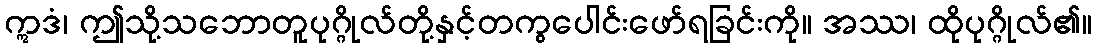
ဣဒံ၊ ဤသို့သဘောတူပုဂ္ဂိုလ်တို့နှင့်တကွပေါင်းဖော်ရခြင်းကို။ အဿ၊ ထိုပုဂ္ဂိုလ်၏။